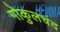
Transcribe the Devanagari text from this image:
गोकुलचंद